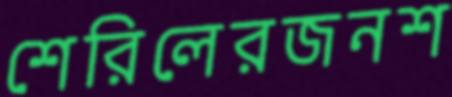
শেরিলেরজনশ